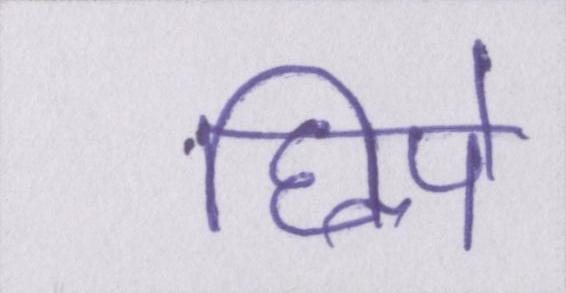
छिपे